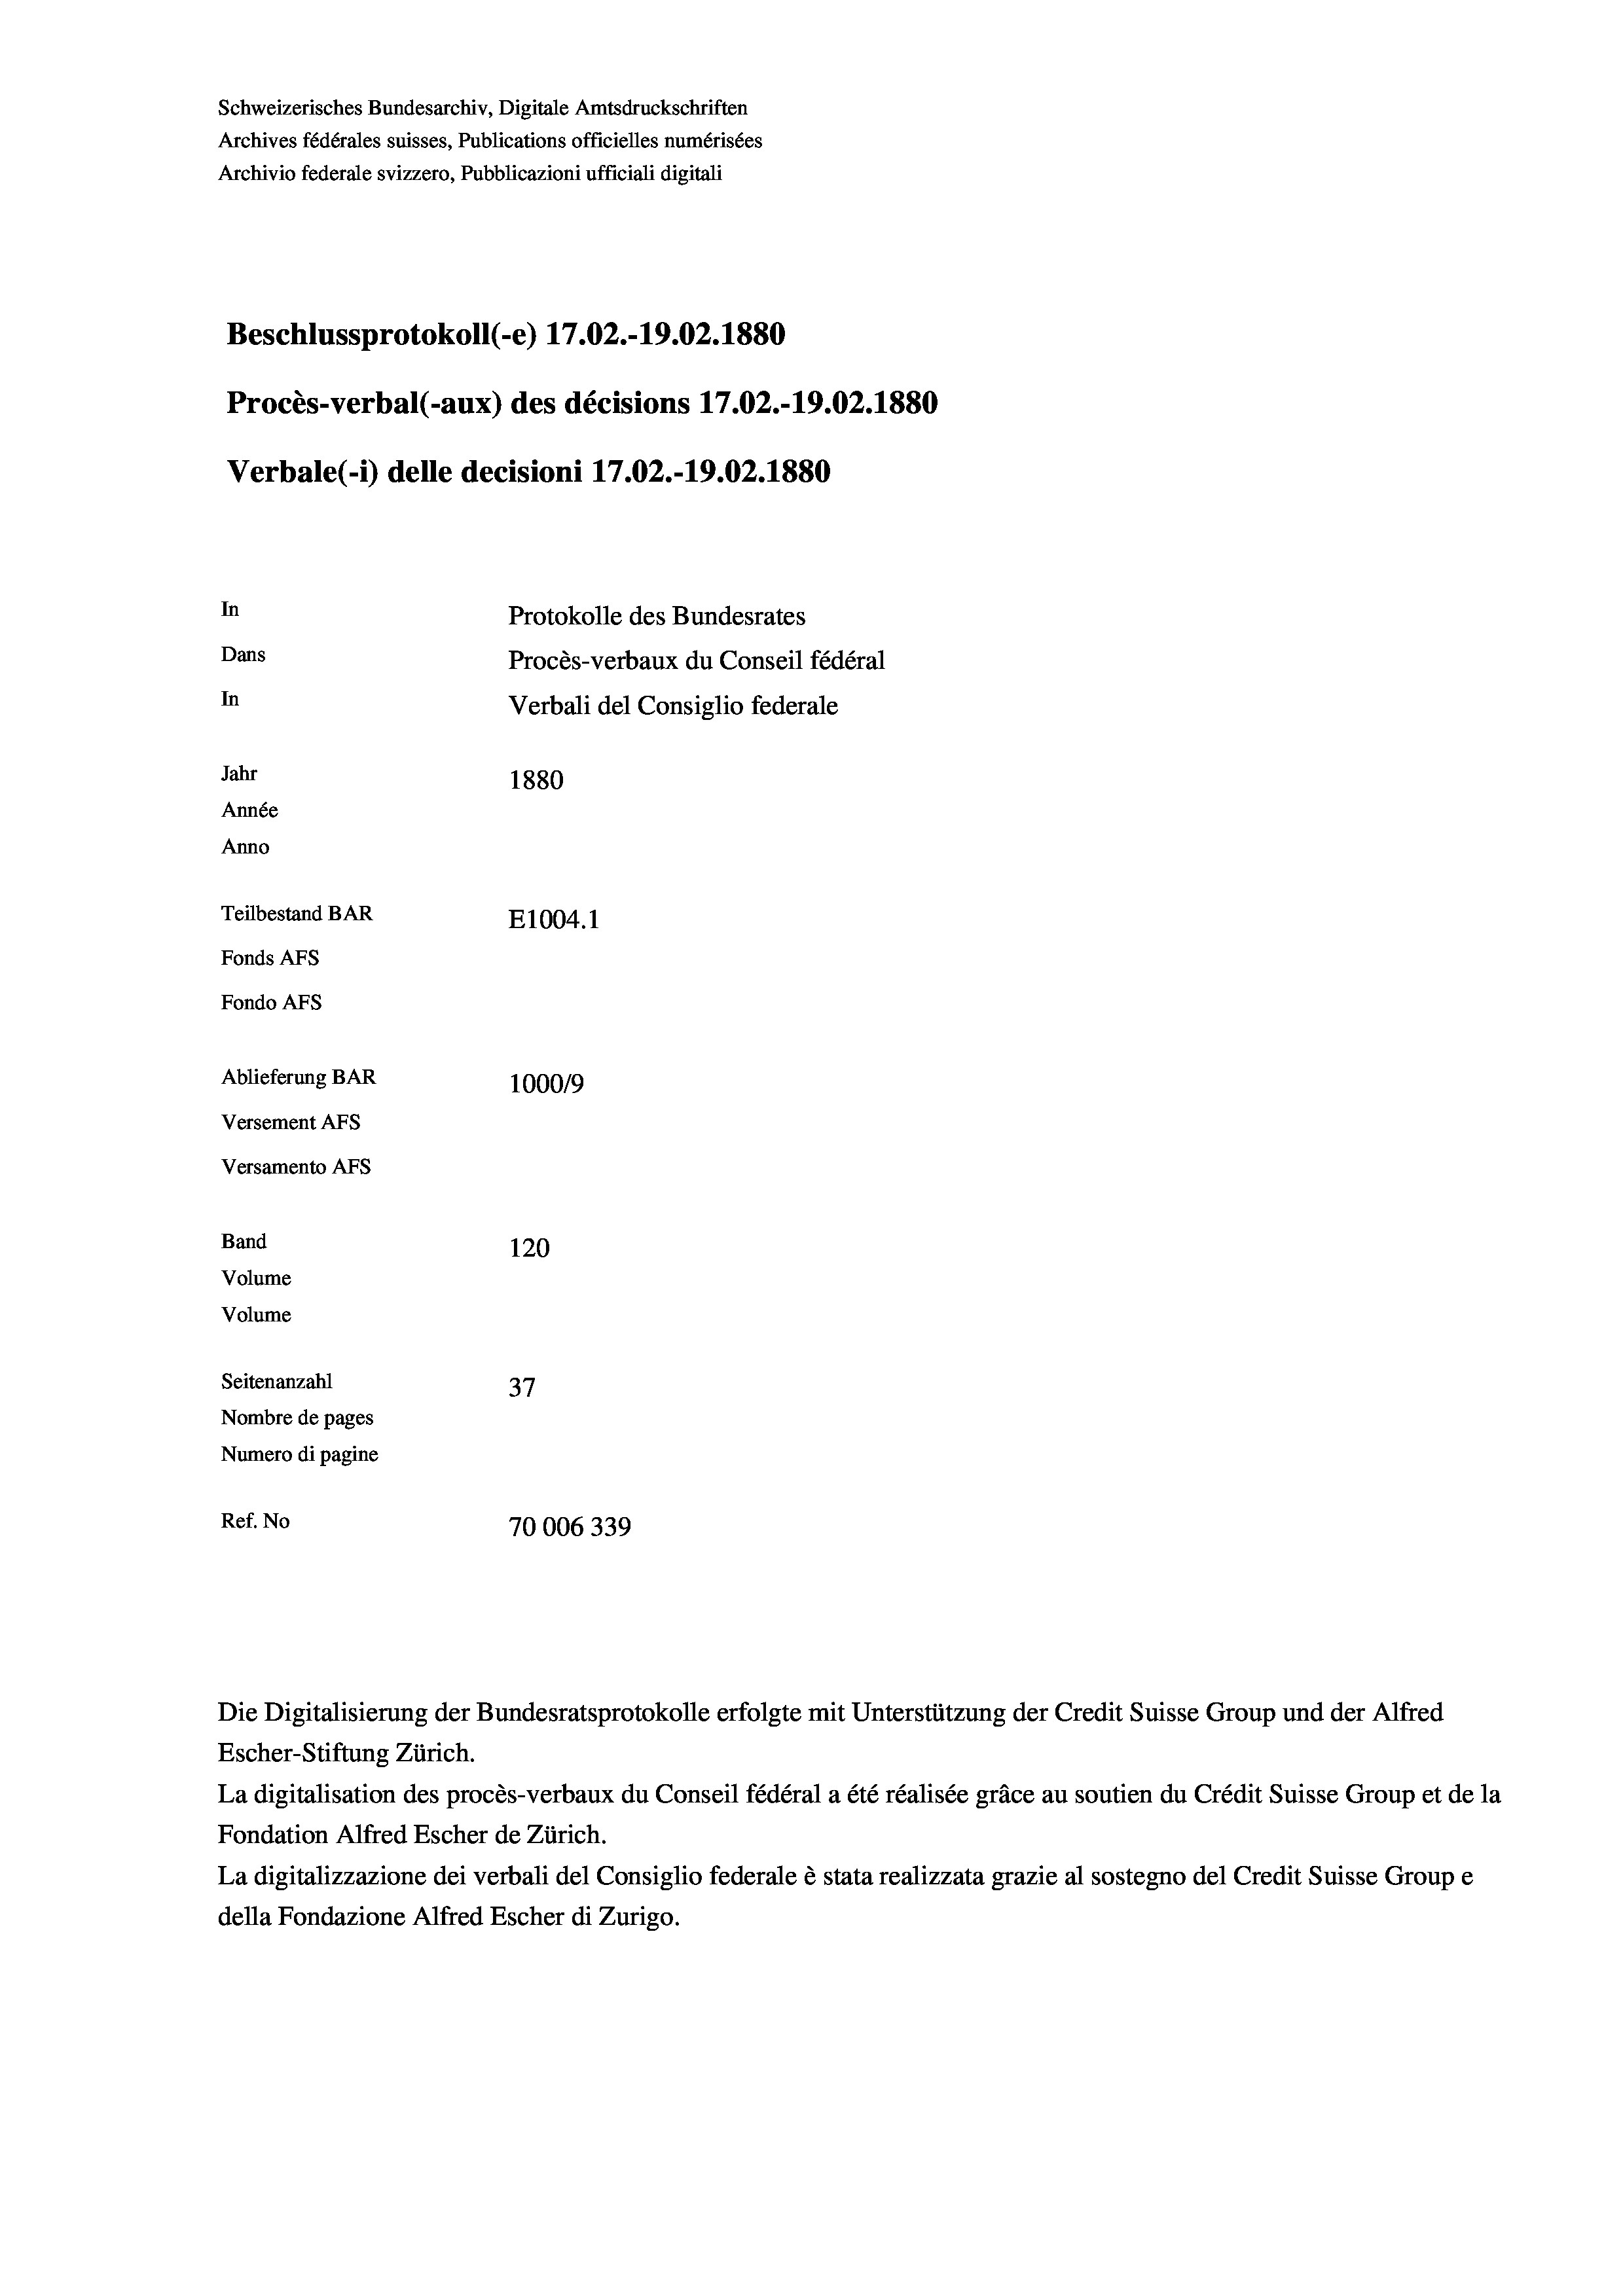
Schweizerisches Bundesarchiv, Digitale Amtsdruckschriften
Archives fédérales suisses, Publications officielles numérisées
Archivio federale svizzero, Pubblicazioni ufficiali digitali
Beschlussprotokoll (-e) 17.02.-19.02.1880
Procès-verbal (-aux) des décisions 17.02.-19.02.1880
Verbale(-*) delle decisioni 17.02.-19.02.1880
In
Protokolle des Bundesrates
Dans
Procès-verbaux du Conseil fédéral
In
Verbali del Consiglio federale
Jahr
1880
Année
Anno
Teilbestand BAR
E1004. 1
Fonds AFs
Fondo Afs
Ablieferung BAR
100019
Versement AFs
Versamento AFs
Band
120
Volume
Volume
Seitenanzahl
37
Nombre de pages
Numero di pagine
Ref. No
70006339

Die Digitalisierung der Bundesratsprotokolle erfolgte mit Unterstützung der Credit Suisse Group und der Alfred
Escher-Stiftung Zürich.
La digitalisation des procès-verbaux du Conseil fédéral a été réalisée gräce au soutien du Crédit Suisse Group et de la
Fondation Alfred Escher de Zürich.
La digitalizzazione dei verbali del Consiglio federale è stata realizzata grazie al sostegno del Credit Suisse Groupe
della Fondazione Alfred Escher di Zurigo.